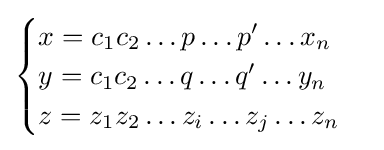
{\begin{cases}x=c_{1}c_{2}\ldots p\ldots p'\ldots x_{n}\\y=c_{1}c_{2}\ldots q\ldots q'\ldots y_{n}\\z=z_{1}z_{2}\ldots z_{i}\ldots z_{j}\ldots z_{n}\end{cases}}